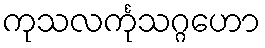
ကုသလင်္ကုသဂ္ဂဟော